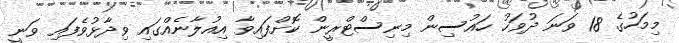
މިމަހުގެ 18 ވަނަ ދުވަހު ހައުސިން މިނިސްޓްރީން ކޮށްފައިވާ އިއުލާނެއްގައި ވިދާޅުވެފައި ވަނީ